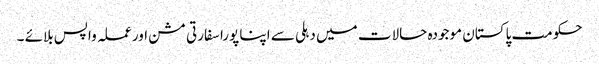
حکومت پاکستان موجودہ حالات میں دہلی سے اپنا پورا سفارتی مشن اور عملہ واپس بلائے ۔